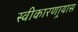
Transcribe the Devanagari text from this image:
स्वीकारणार्‍यास